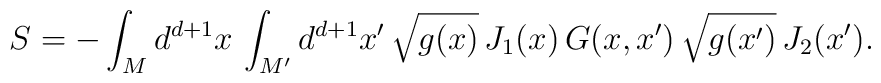
S = -\int_M d^{d+1}x \, \int_{M^\prime}  d^{d+1}x^\prime \,\sqrt{g(x)} \, J_1(x) \, G(x,x^\prime) \, \sqrt{g(x^\prime)} \,J_2(x^\prime).